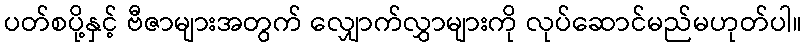
ပတ်စပို့နှင့် ဗီဇာများအတွက် လျှောက်လွှာများကို လုပ်ဆောင်မည်မဟုတ်ပါ။